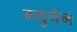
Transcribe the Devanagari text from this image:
म्युचेन